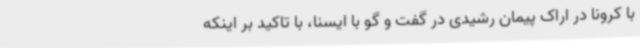
با کرونا در اراک پیمان رشیدی در گفت و گو با ایسنا، با تاکید بر اینکه